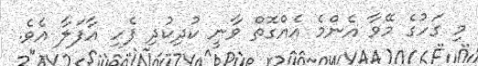
މި ގަހުގެ މޭވާ އެންމެ އެއްގޮތް ވާނީ ކުދިކުދި ފެހި އާފަލާ އެވެ.